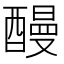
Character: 𨢥